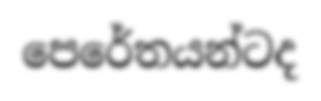
පෙරේතයන්ටද